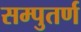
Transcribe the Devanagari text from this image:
सम्पुतर्ण